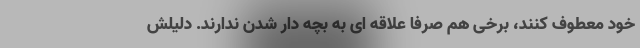
خود معطوف کنند، برخی هم صرفاً علاقه ای به بچه دار شدن ندارند. دلیلش